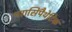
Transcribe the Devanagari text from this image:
परासिंपैथेटिक